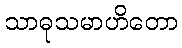
သာဓုသမာဟိတော